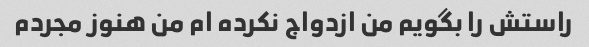
راستش را بگویم من ازدواج نکرده ام من هنوز مجردم